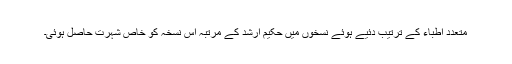
متعدد اطِبّاء کے ترتیب دئیے ہوئے نسخوں میں حکیم ارشد کے مُرتَّبہ اِس نسخہ کو خاص شہرت حاصل ہوئی۔